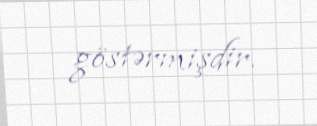
göstərmişdir.